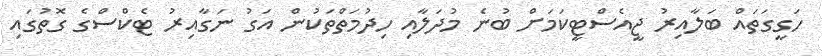
ހަގީގަތައް ބަލާއިރު ޖީއެސްޓީކަމަށް ބުނެ މުދަލާއި ހިދުމަތްތަކުން އަގު ނަގާއިރު ޓެކްސްގެ ގޮތުގައި